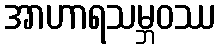
အာဟာရသမ္ဘဝဿ